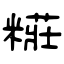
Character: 糚